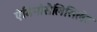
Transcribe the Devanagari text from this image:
ऐमिनोसैलिसिलेट